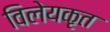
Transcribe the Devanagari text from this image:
विलेयकृत